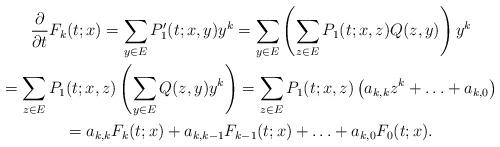
LaTeX: \begin{gather*}\frac{\partial}{\partial t}F_k(t; x) = \sum_{y\in E}{P_1'(t; x, y)y^k} = \sum_{y\in E}{\left( \sum_{z\in E}{P_1(t; x, z)Q(z, y)} \right)y^k}\\= \sum_{z\in E}{P_1(t; x, z)\left( \sum_{y\in E}{Q(z, y)y^k} \right)} = \sum_{z\in E}{P_1(t; x, z)\left( a_{k, k}z^k + \ldots + a_{k, 0} \right)}\\= a_{k, k}F_k(t; x) + a_{k, k-1}F_{k-1}(t; x) + \ldots + a_{k, 0}F_0(t; x).\end{gather*}